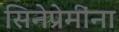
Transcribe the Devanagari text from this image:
सिनेप्रेमींना